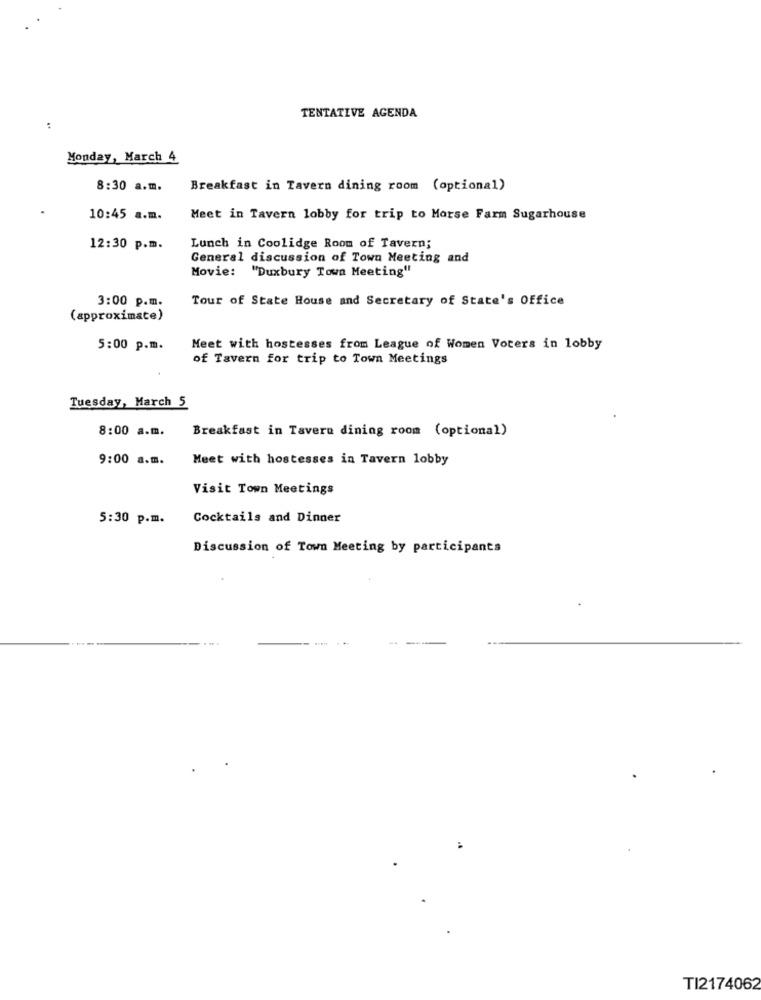
TENTATIVE AGENDA
:
Monday, March 4
8:30 a.m.
Breakfast in Tavern dining room (optional)
10:45 a.m.
Meet in Tavern lobby for trip to Morse Farm Sugarhouse
12:30 p.m.
Lunch in Coolidge Room of Tavern;
General discussion of Town Meeting and
Movie: "Duxbury Town Meeting"
3:00 p.m.
Tour of State House and Secretary of State's Office
(approximate)
5:00 p.m.
Meet with hostesses from League of Women Voters in lobby
of Tavern for trip to Town Meetings
Tuesday, March 5
8:00 a.m.
Breakfast in Tavere dining room (optional)
9:00 a.m.
Meet with hostesses in Tavern lobby
Visit Town Meetings
5:30 p.m.
Cocktails and Dinner
Discussion of Town Meeting by participants
TI2174062